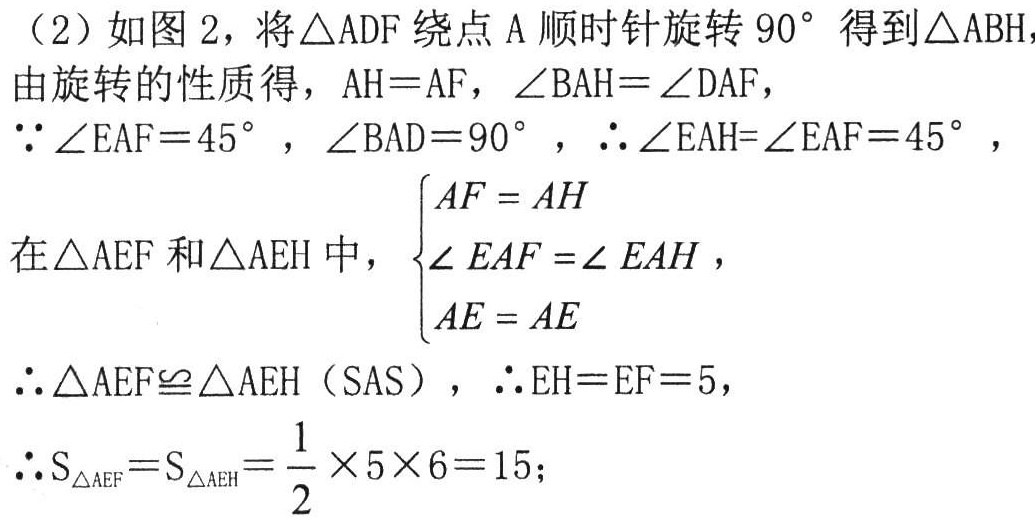
（2）如图 2，将\(\triangle ADF\)绕点\(A\)顺时针旋转\(90^{\circ}\)得到\(\triangle ABH\)，

由旋转的性质得，\(AH = AF\)，\(\angle BAH=\angle DAF\)，

\(\because\angle EAF = 45^{\circ}\)，\(\angle BAD = 90^{\circ}\)，\(\therefore\angle EAH=\angle EAF = 45^{\circ}\)，

在\(\triangle AEF\)和\(\triangle AEH\)中，\(\begin{cases}AF = AH\\\angle EAF =\angle EAH\\AE = AE\end{cases}\)，

\(\therefore\triangle AEF\cong\triangle AEH\)（SAS），\(\therefore EH = EF = 5\)，

\(\therefore S_{\triangle AEF}=S_{\triangle AEH}=\dfrac{1}{2}\times5\times6 = 15\)；